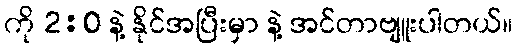
ကို 2:0 နဲ့ နိုင်အပြီးမှာ နဲ့ အင်တာဗျူးပါတယ်။